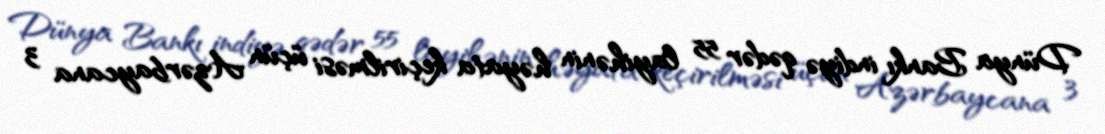
Dünya Bankı indiyə qədər 55 layihənin həyata keçirilməsi üçün Azərbaycana 3